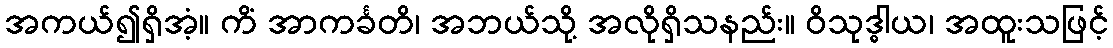
အကယ်၍ရှိအံ့။ ကိံ အာကင်္ခတိ၊ အဘယ်သို့ အလိုရှိသနည်း။ ဝိသုဒ္ဓါယ၊ အထူးသဖြင့်